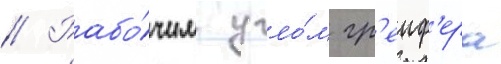
// Рабо́чим угло́м гр'еиф'ера